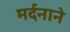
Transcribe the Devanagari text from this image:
मर्दनाने